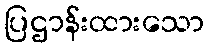
ပြဌာန်းထားသော